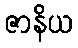
ဇာနိယ